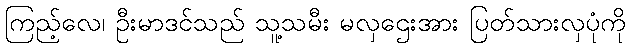
ကြည့်လေ၊ ဦးမာဒင်သည် သူ့သမီး မလှဌေးအား ပြတ်သားလှပုံကို